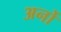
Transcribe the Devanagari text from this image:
अर्नो